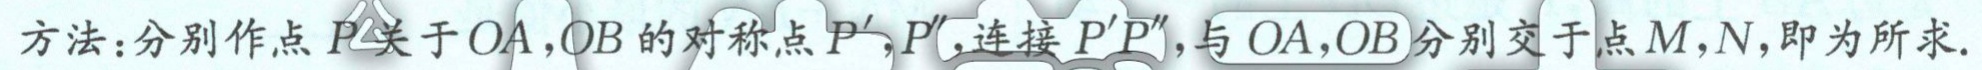
方法：分别作点 \(P\) 关于 \(OA\)，\(OB\) 的对称点 \(P'\)，\(P''\)，连接 \(P'P''\)，与 \(OA\)，\(OB\) 分别交于点 \(M\)，\(N\)，即为所求.